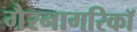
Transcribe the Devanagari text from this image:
गैरनागरिकॉ